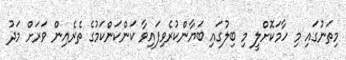
މިތަނުގައި މި ހާމަކޮށްލީ މި ބިލުގައި ބަޔާންކުރެވިފައިވާ ކަންކަންކަމުގެ ތެރެއިން ވަރަށް މަދު